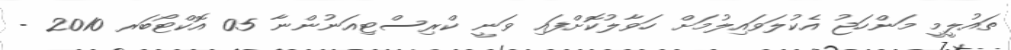
ތައުލީމީ މަންހަޖު އެކުލަވައިލުމަށް ހަވާލުކޮށްފައި ވަނީ ކްރިސްޓިއަނުންނާ 05 އޮކްޓޯބަރ 2010 -